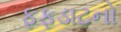
ફફડાટનો